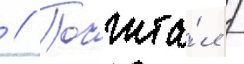
 // Посчита́л /